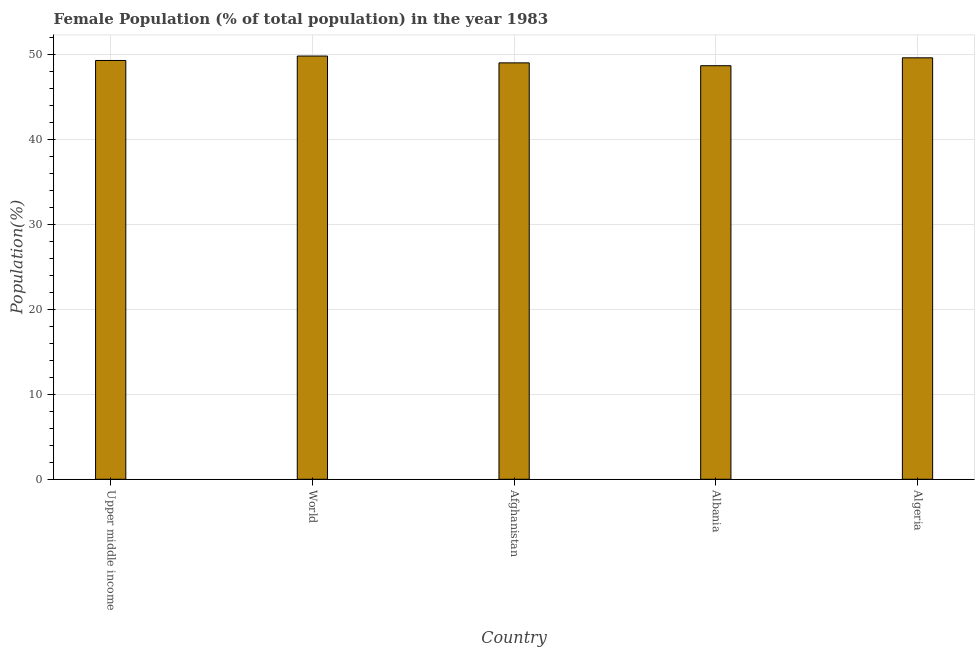
| Country | Female |
 | --- | --- |
 | Upper middle income | 49.3 |
 | World | 49.8 |
 | Afghanistan | 49 |
 | Albania | 48.6 |
 | Algeria | 49.6 |